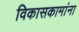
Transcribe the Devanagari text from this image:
विकासकामांना